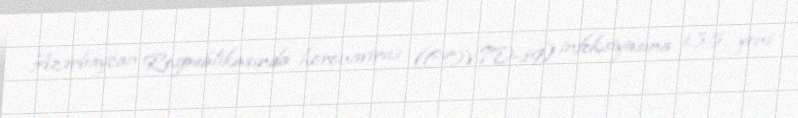
Azərbaycan Respublikasında koronavirus (COVID-19) infeksiyasına 135 yeni